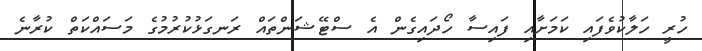
ހުރީ ހަލާކުވެފައި ކަމަށާއި ފައިސާ ހޯދައިގެން އެ ސްޓޭޝަންތައް ރަނގަޅުކުރުމުގެ މަސައްކަތް ކުރާނެ